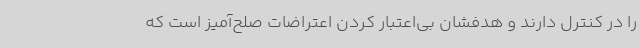
را در کنترل دارند و هدفشان بی‌اعتبار کردن اعتراضات صلح‌آمیز است که